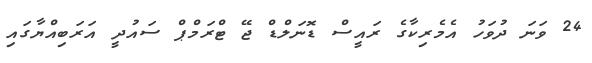
24 ވަނަ ދުވަހު އެމެރިކާގެ ރައީސް ޑޮނަލްޑް ޖޭ ޓްރަމްޕް ސައުދީ އަރަބިއްޔާގައި